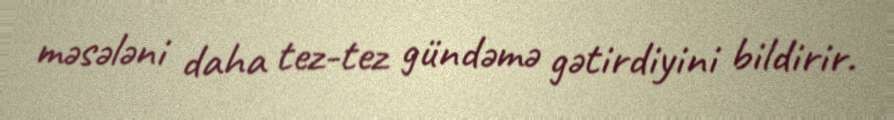
məsələni daha tez-tez gündəmə gətirdiyini bildirir.